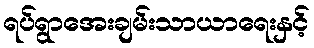
ရပ်ရွာအေးချမ်းသာယာရေးနှင့်